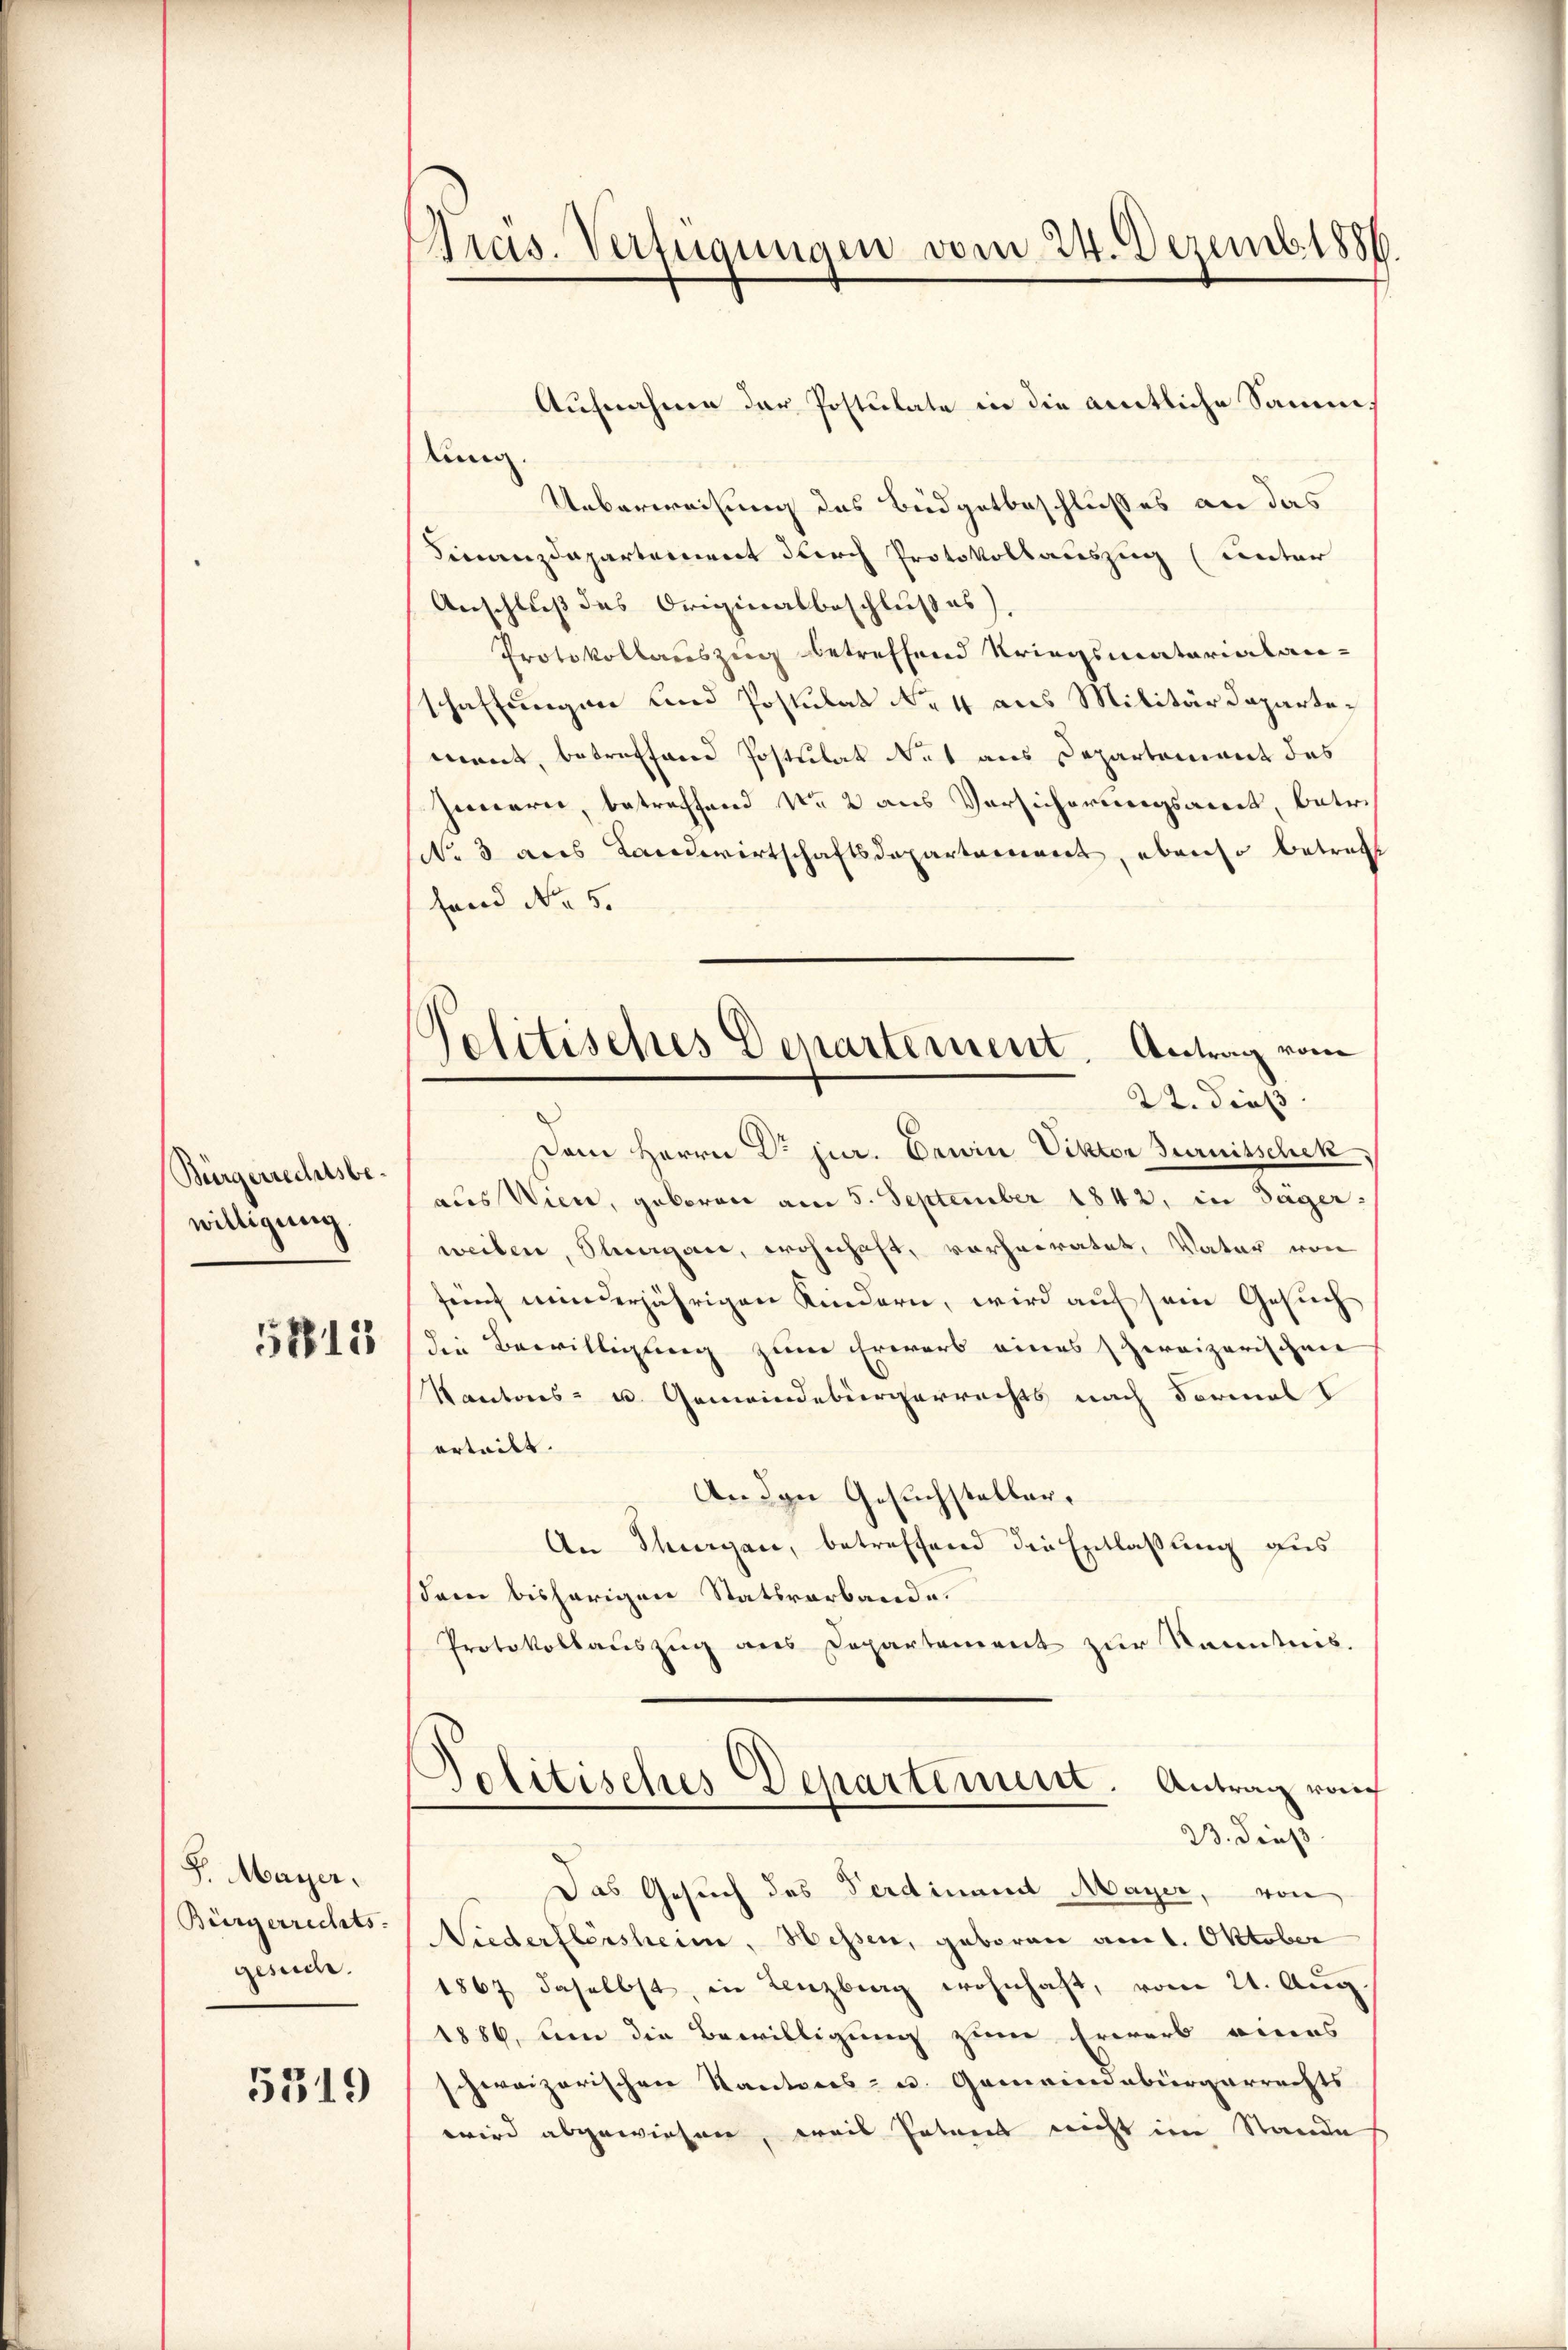
Bürgerrechtsbewilligung

5713

S. Maÿer.
Bürgerrechts.
gesuche.

5319

Gras. Verfügungen vom 24. Dezemb. 1886.

Aufnahme der Postulate in die amtliche Samm
lung
Ueberweisung des Büdgetbeschlußes an das
Finanzdepartement durch Protokollauszug (unter
Anschluß des Originalbeschlußes)
Protokollauszug betreffend Kriegsmatorialan-
schaffungen und Postulat No 4 aus Militärdepartement, betreffene Postulat et aus Departement des
Jenarii, betreffend Nr. 2 aus Versicherungsart, betr.
No 3 aus Landwirtschaftsdepartariant, ebenso betract
fend No 5.
Dem Herrn Dr. jur. Gewin Viktor Jurnitschek,
aus Wien, geboren am 5. September 1842, in Sager-
weilen, Stangen, wohnhaft, vorheiratet, Vater von
sent minderjährigen Kindern, wird auf sein Gesuch
die Bewilligung zum Erwarb eines schweizerischen
Kantons- u. Gemeindebürgerrechts nach Formal
erteilt.
Anden Gesuchsteller.
An Thurgau, betreffend die Entlaßung aus
dem bisherigen Statsverbande.
Protokollauszug aus Departement zur Kenntnis.
Politisches Departement. Antrag rauf
23. Dieß
Das Gesuch des Ferdinamt Mayer, von
Niederflersheime, Hessen, geboren am 1. Oktober
1867 daselbst, in Lenzburg wohnhaft, vom 21. Aug
1886, um die Bewilligung zum Erwarb eines
schweizerischen Kantons- u. Gemeindebürgerrechts
wird abgewiesen, weis Patent nicht im Stande

Politisches Departement. Antrag vom
22. dieß